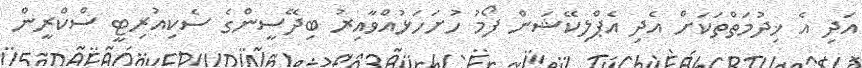
އަދި އެ ޚިދުމަތްތަކަށް އެދި އެޕްލިކޭޝަން ފޯމު ހުށަހަޅުއްވާއިރު ބިދޭސީންގެ ސެކިއުރިޓީ ސްކްރީން